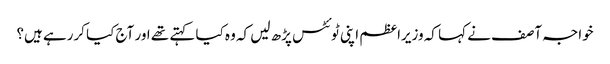
خواجہ آصف نے کہا کہ وزیراعظم اپنی ٹوئٹس پڑھ لیں کہ وہ کیا کہتے تھے اور آج کیا کررہے ہیں؟